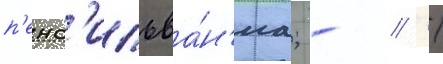
п'енс'ильва́н'иа; - // /